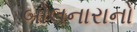
બોલનારાનો